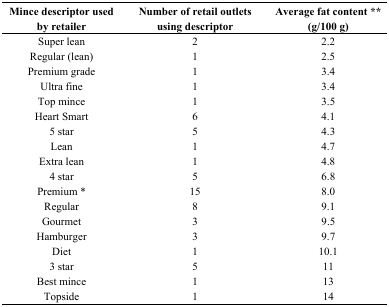
| Mince descriptor used by retailer | Number of retail outlets using descriptor | Average fat content ** (g/100 g) |
 | --- | --- | --- |
 | Super lean | 2 | 2.2 |
 | Regular (lean) | 1 | 2.5 |
 | Premium grade | 1 | 3.4 |
 | Ultra fine | 1 | 3.4 |
 | Top mince | 1 | 3.5 |
 | Heart Smart | 6 | 4.1 |
 | 5 star | 5 | 4.3 |
 | Lean | 1 | 4.7 |
 | Extra lean | 1 | 4.8 |
 | 4 star | 5 | 6.8 |
 | Premium * | 15 | 8.0 |
 | Regular | 8 | 9.1 |
 | Gourmet | 3 | 9.5 |
 | Hamburger | 3 | 9.7 |
 | Diet | 1 | 10.1 |
 | 3 star | 5 | 11 |
 | Best mince | 1 | 13 |
 | Topside | 1 | 14 |